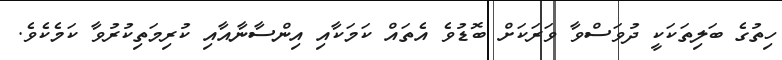
ހިތުގެ ބަލިތަކަކީ ދުވަސްވާ ވަރަކަށް ބޮޑުވެ އެތައް ކަމަކާއި އިންސާނާއާއި ކުރިމަތިކުރުވާ ކަމެކެވެ.